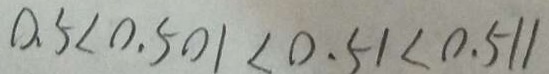
0 . 5 < 0 . 5 0 1 < 0 . 5 1 < 0 . 5 1 1